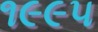
૧૯૯૫